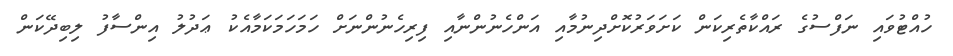
ހުއްޓުވައި ނަފްސުގެ ރައްކާތެރިކަން ކަށަވަރުކޮށްދިނުމާއި އަންހެނުންނާއި ފިރިހެނުންނަށް ހަމަހަމަކަމާއެކު ޢަދުލު އިންސާފު ލިބިދޭކަން